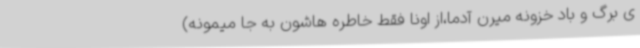
ی برگ و باد خزونه میرن آدما،از اونا فقط خاطره هاشون به جا میمونه)